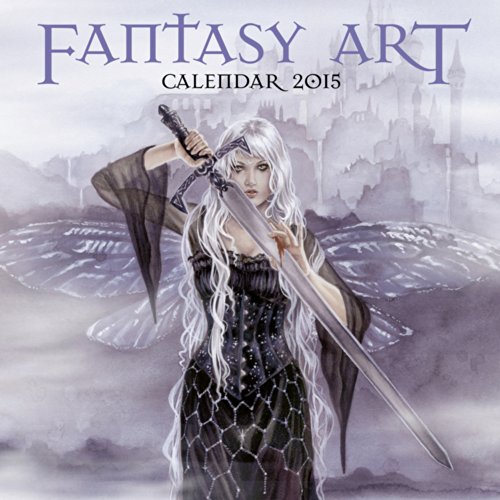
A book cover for Fantasy Art Wall Calendar 2015 (Art Calendar); Calendars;